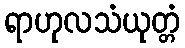
ရာဟုလသံယုတ္တံ